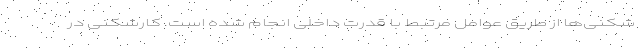
شکنی‌ها از طریق عوامل مرتبط با قدرت داخلی انجام شده است. کارشکنی در